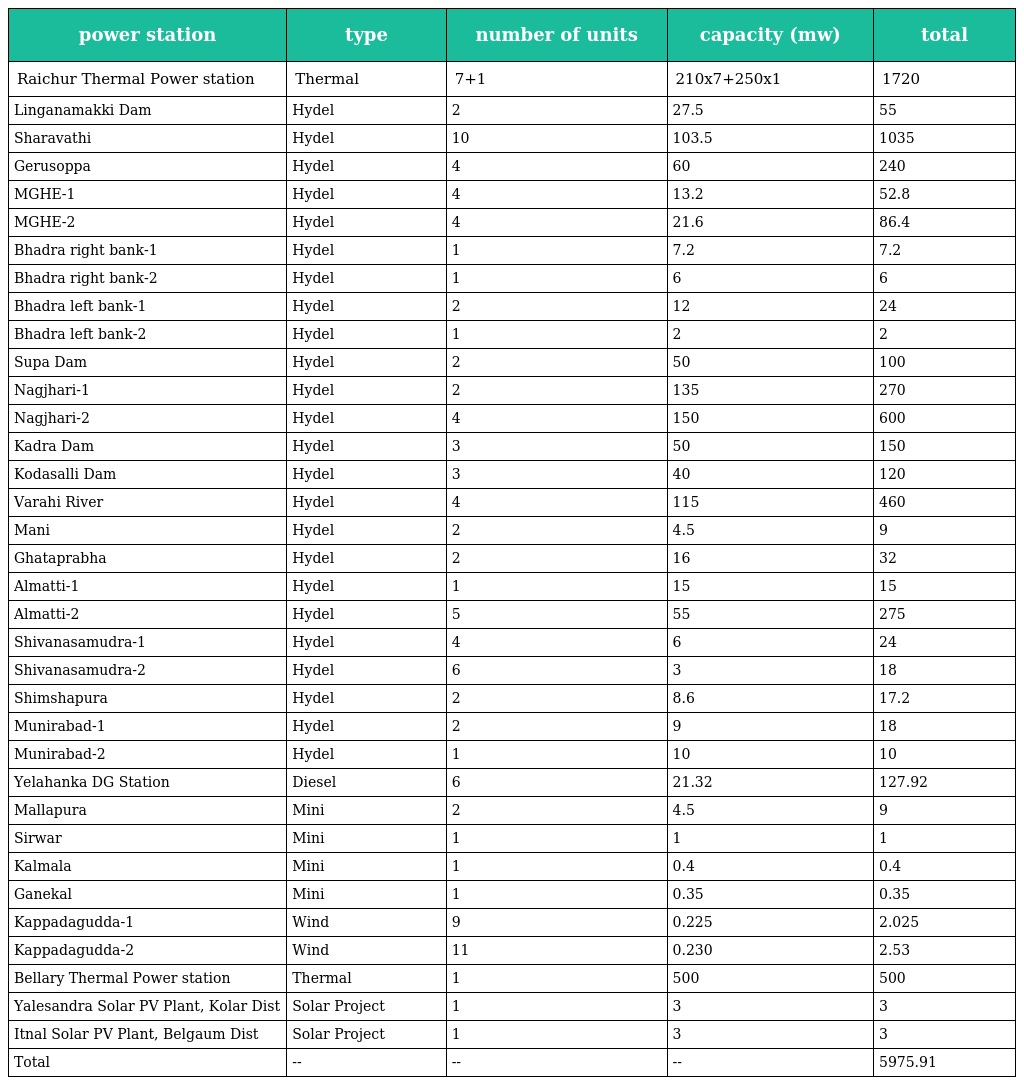
| power station | type | number of units | capacity (mw) | total |
 | --- | --- | --- | --- | --- |
 | Raichur Thermal Power station | Thermal | 7+1 | 210x7+250x1 | 1720 |
 | Linganamakki Dam | Hydel | 2 | 27.5 | 55 |
 | Sharavathi | Hydel | 10 | 103.5 | 1035 |
 | Gerusoppa | Hydel | 4 | 60 | 240 |
 | MGHE-1 | Hydel | 4 | 13.2 | 52.8 |
 | MGHE-2 | Hydel | 4 | 21.6 | 86.4 |
 | Bhadra right bank-1 | Hydel | 1 | 7.2 | 7.2 |
 | Bhadra right bank-2 | Hydel | 1 | 6 | 6 |
 | Bhadra left bank-1 | Hydel | 2 | 12 | 24 |
 | Bhadra left bank-2 | Hydel | 1 | 2 | 2 |
 | Supa Dam | Hydel | 2 | 50 | 100 |
 | Nagjhari-1 | Hydel | 2 | 135 | 270 |
 | Nagjhari-2 | Hydel | 4 | 150 | 600 |
 | Kadra Dam | Hydel | 3 | 50 | 150 |
 | Kodasalli Dam | Hydel | 3 | 40 | 120 |
 | Varahi River | Hydel | 4 | 115 | 460 |
 | Mani | Hydel | 2 | 4.5 | 9 |
 | Ghataprabha | Hydel | 2 | 16 | 32 |
 | Almatti-1 | Hydel | 1 | 15 | 15 |
 | Almatti-2 | Hydel | 5 | 55 | 275 |
 | Shivanasamudra-1 | Hydel | 4 | 6 | 24 |
 | Shivanasamudra-2 | Hydel | 6 | 3 | 18 |
 | Shimshapura | Hydel | 2 | 8.6 | 17.2 |
 | Munirabad-1 | Hydel | 2 | 9 | 18 |
 | Munirabad-2 | Hydel | 1 | 10 | 10 |
 | Yelahanka DG Station | Diesel | 6 | 21.32 | 127.92 |
 | Mallapura | Mini | 2 | 4.5 | 9 |
 | Sirwar | Mini | 1 | 1 | 1 |
 | Kalmala | Mini | 1 | 0.4 | 0.4 |
 | Ganekal | Mini | 1 | 0.35 | 0.35 |
 | Kappadagudda-1 | Wind | 9 | 0.225 | 2.025 |
 | Kappadagudda-2 | Wind | 11 | 0.230 | 2.53 |
 | Bellary Thermal Power station | Thermal | 1 | 500 | 500 |
 | Yalesandra Solar PV Plant, Kolar Dist | Solar Project | 1 | 3 | 3 |
 | Itnal Solar PV Plant, Belgaum Dist | Solar Project | 1 | 3 | 3 |
 | Total | -- | -- | -- | 5975.91 |